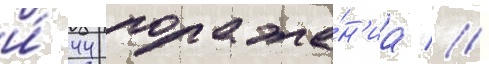
и́ 44 пораже́н'иа //